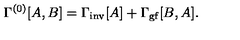
\Gamma ^ { ( 0 ) } [ A , B ] = \Gamma _ { \mathrm { i n v } } [ A ] + \Gamma _ { \mathrm { g f } } [ B , A ] .